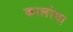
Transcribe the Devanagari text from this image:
कालरेषा